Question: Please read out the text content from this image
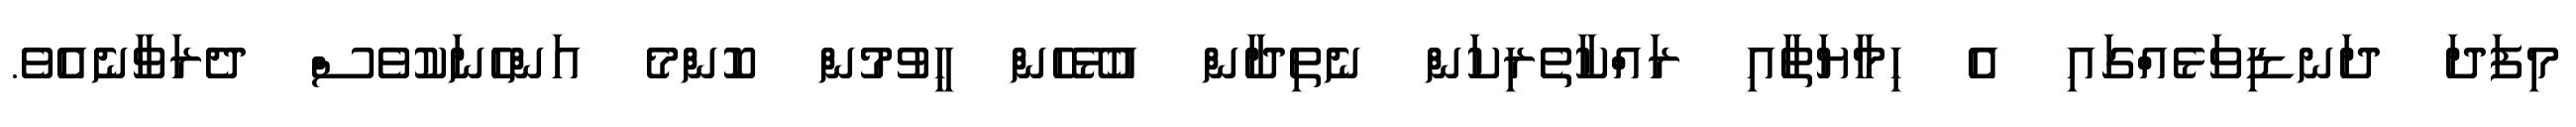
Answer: މިފަދަ ދަނޑިވަޅެއްގައި އެ ހިމާޔަތާއި ރައްކާތެރިކަން ނެތިދާން އުޅޭހެން ހީވުމުން ކޮންމެ އަންހެނަކުވެސް ދެރަވާނެއެވެ.